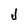
Character: J